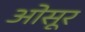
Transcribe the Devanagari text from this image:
ओसूर